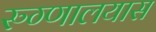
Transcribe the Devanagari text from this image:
रुग्णालयास